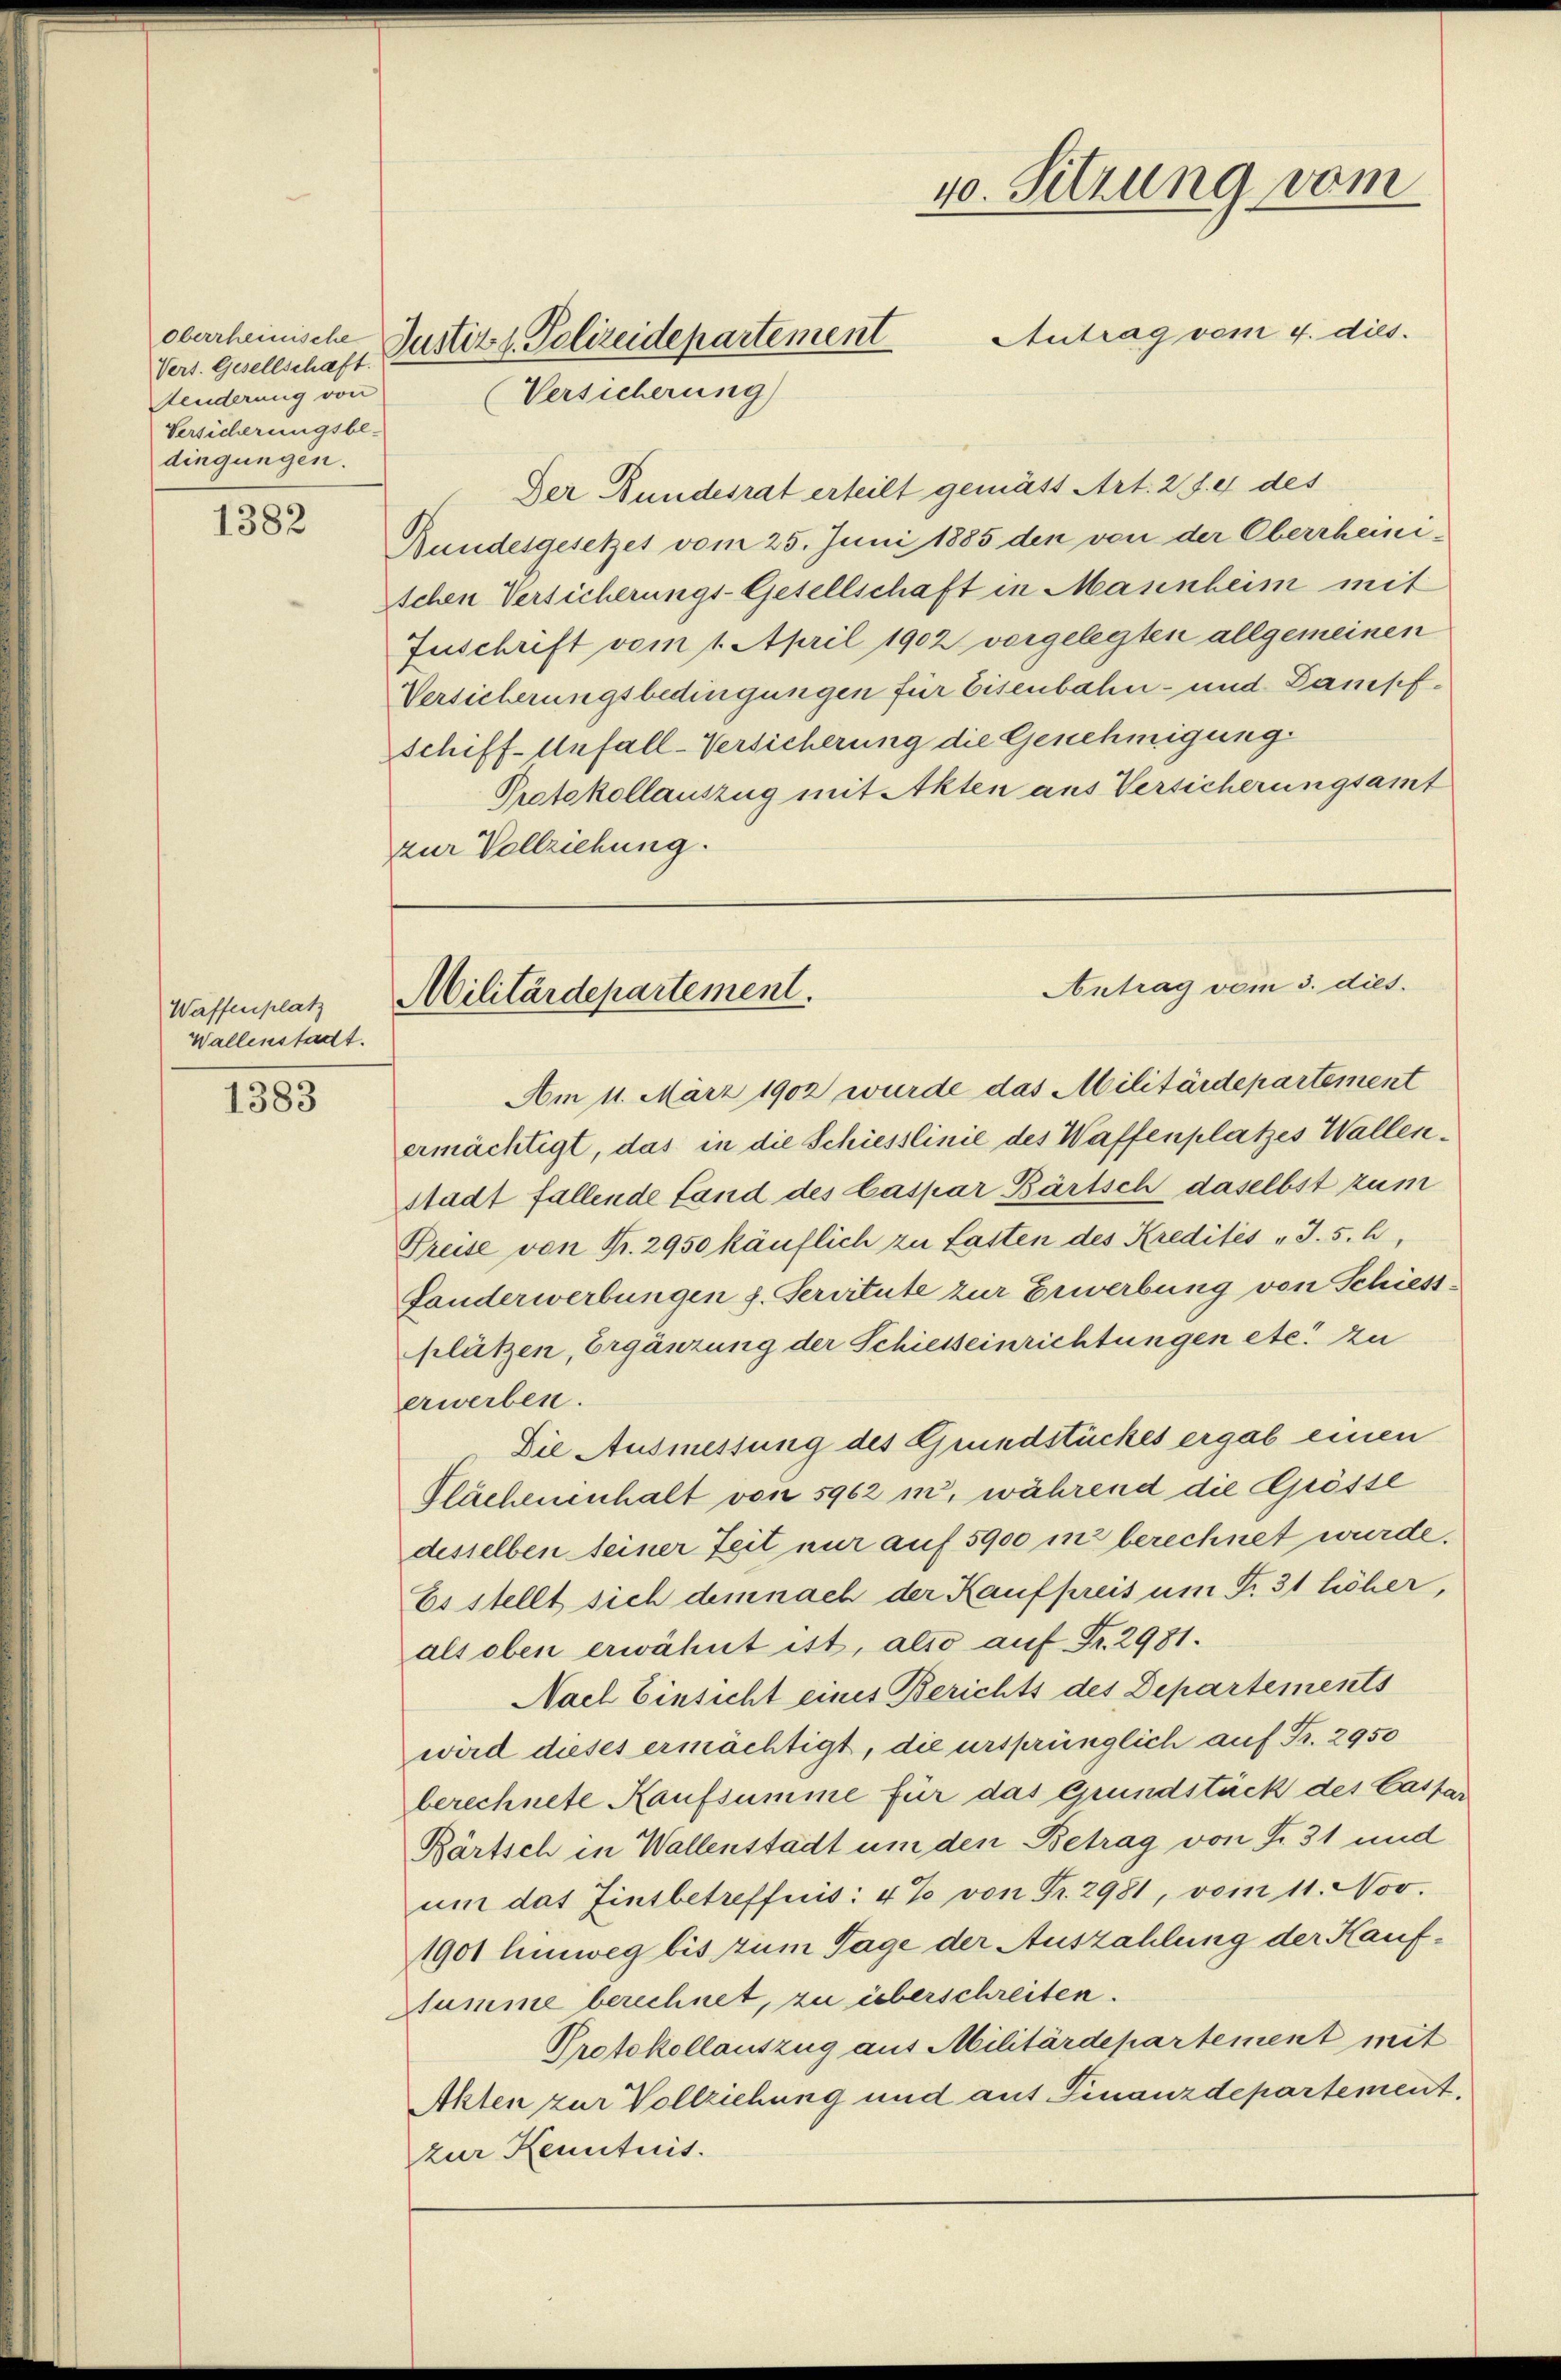
Oberrheinische
Vers. Gesellschaft.
Aenderung von
Versicherungsbe-
dingungen.

1382

Waffenplatz
Wallenstadt.

1383

Der Bundesrat erteilt gemäss Art. 2 f. 4 des
Bundesgesetzes vom 25. Juni 1885 den von der Oberrheinischen Versicherungs-Gesellschaft in Masenheim mit
Zuschrift vom 1. April 1902 vorgelegten allgemeinen
Versicherungsbedingungen für Eisenbahn- und Dampf¬
Schiff- Unfall-Versicherung die Genehmigung.
Protokollauszug mit Akten aus Versicherungsamt
zur Vollziehung.
Am 11. März 1902 wurde das Militärdepartement
ermächtigt, das in die Schiesslinie des Waffenplatzes Wallenstadt fallende Land des Caspar Bartsch daselbst zum
Preise von Fr. 2950 käuflich zu Lasten des Kredites „J. 5. h
fanderwerbungen z. Servitute zur Erwerbung von Schiessplützen, Ergänzung der Schiesseinrichtungen etc. zu
erwerben.
Die Ausmessung des Grundstückes ergab einen
Plächeninhalt von 5962 m, während die Grösse
desselben seiner Zeit nur auf 5900 in berechnet wurde.
Es stellt sich demnach der Kaufpreis um Fr. 31 höher,
als oben erwähnt ist, also auf Fr. 2981.
Nach Einsicht eines Berichts des Departements
wird dieses ermächtigt, die ursprünglich auf Fr. 2950
berechnete Kaufsumme für das Grundstück des Caspar
Bärtsch in Wallenstadt um den Betrag von Fr. 31 und
um das Zinsbetreffnis: 4% von Fr. 2981, vom 11. Nov.
1901 hinweg bis zum Tage der Auszahlung der Kauf¬
Stumme berechnet, zu überschreiten.
Protokollauszug aus Militärdepartement mit
Akten zur Vollziehung und auf Finanzdepartement.
zur Kenntnis.

40. Sitzung vom
Antrag vom 4. dies.
Justiz & Polizeidepartement
Versicherung

Antrag vom 3. dies
Militärdepartement.